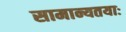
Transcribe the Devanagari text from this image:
सामान्यतयाः